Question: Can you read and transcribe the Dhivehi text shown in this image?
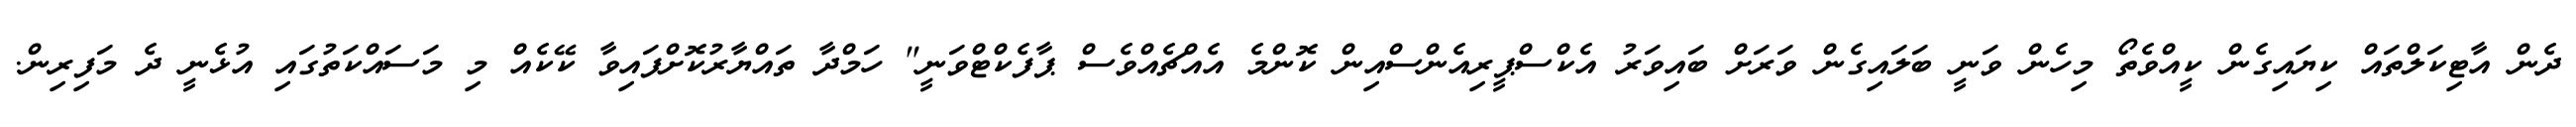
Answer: ދެން އާޓިކަލްތައް ކިޔައިގެން ކީއްވެތޯ މިހެން ވަނީ ބަލައިގެން ވަރަށް ބައިވަރު އެކްސްޕީރިއެންސްއިން ކޮންމެ އެއްޗެއްވެސް ޕާފެކްޓްވަނީ" ހަމްދާ ތައްޔާރުކޮށްފައިވާ ކޭކެއް މި މަސައްކަތުގައި އުޅެނީ ދެ މަފިރިން.